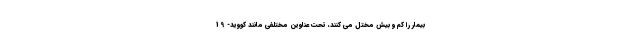
بیمار را کم و بیش مختل می کنند، تحت عناوین مختلفی مانند کووید- 19